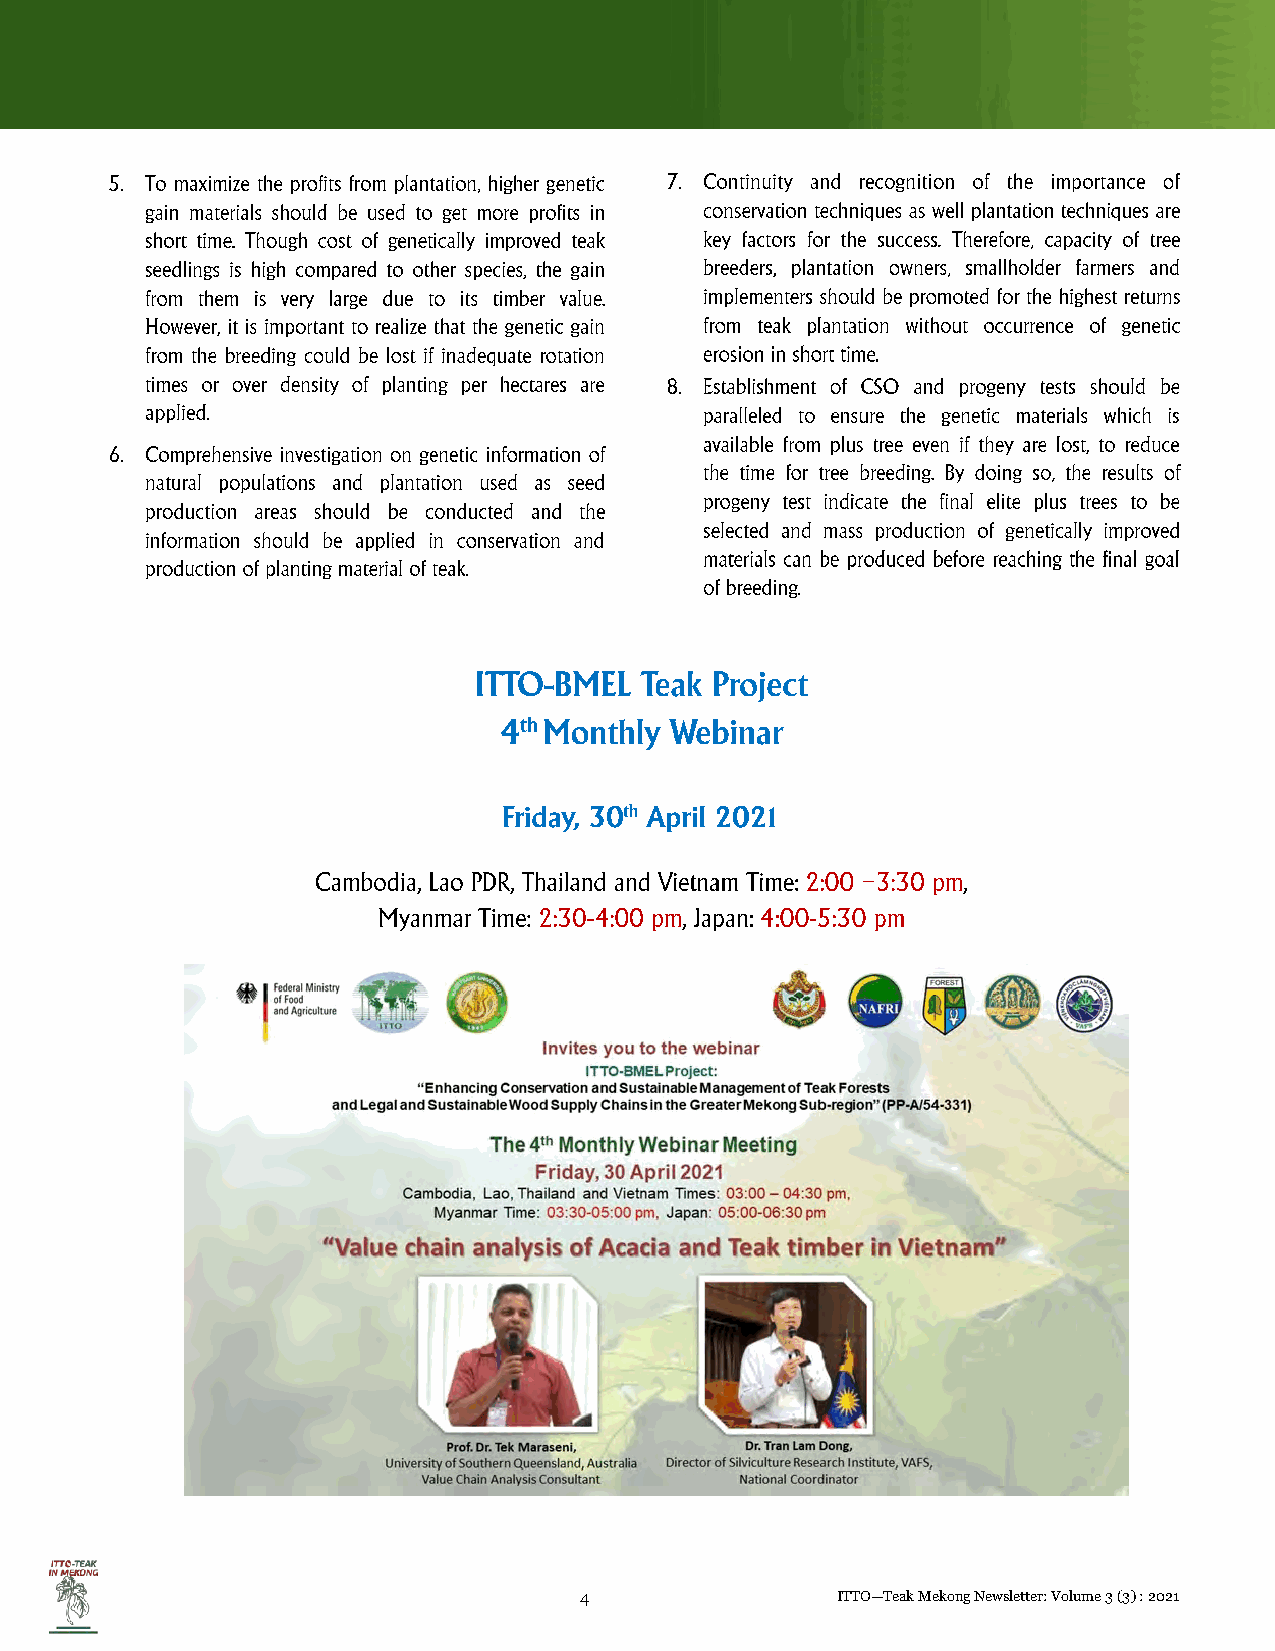
4                ITTO—Teak Mekong Newsletter: Volume 3 (3) : 2021